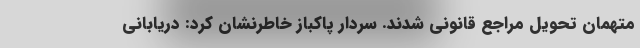
متهمان تحویل مراجع قانونی شدند. سردار پاکباز خاطرنشان کرد: دریابانی